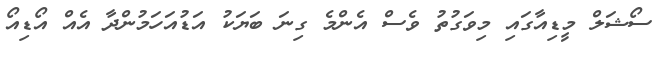
ސޯޝަލް މީޑިއާގައި މިވަގުތު ވެސް އެންމެ ގިނަ ބަޔަކު އަޑުއަހަމުންދާ އެއް އޯޑިއޯ